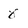
Character: 8